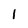
Character: I